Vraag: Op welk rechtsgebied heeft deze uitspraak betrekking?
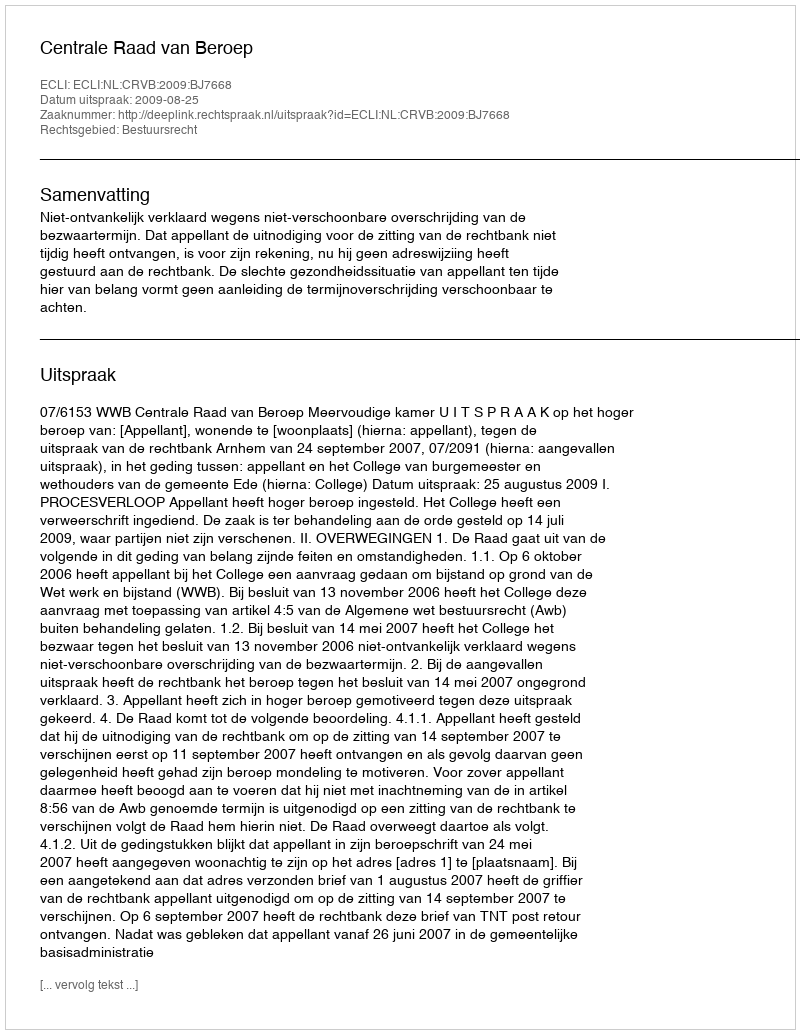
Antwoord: Bestuursrecht